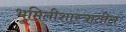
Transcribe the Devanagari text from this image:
भूमितीशास्त्रातील